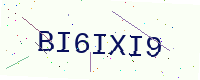
Text: BI6IXI9